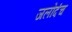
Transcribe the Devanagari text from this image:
जलोदंच